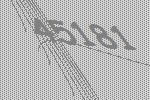
45181